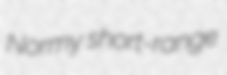
Normy short-range